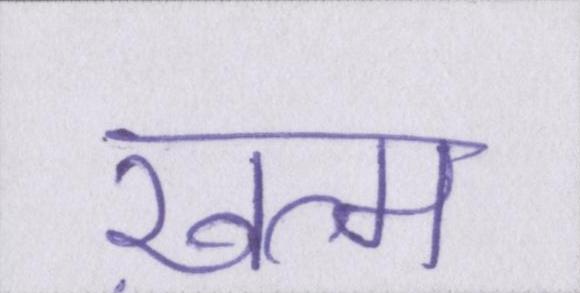
ख़त्म